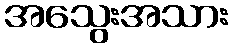
အသွေးအသား